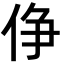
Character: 鿇